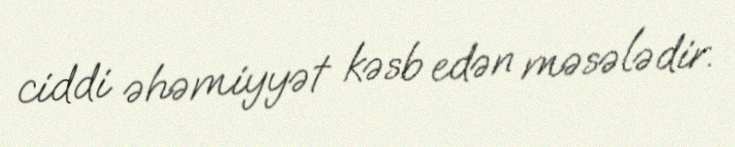
ciddi əhəmiyyət kəsb edən məsələdir.